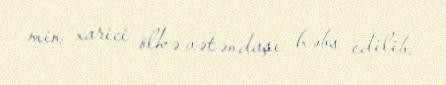
min xarici ölkə vətəndaşı həbs edilib.